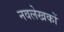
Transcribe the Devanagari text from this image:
नवलेखकों